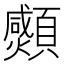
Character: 𩕠